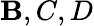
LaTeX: \mathbf{B},C,D